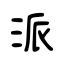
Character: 派